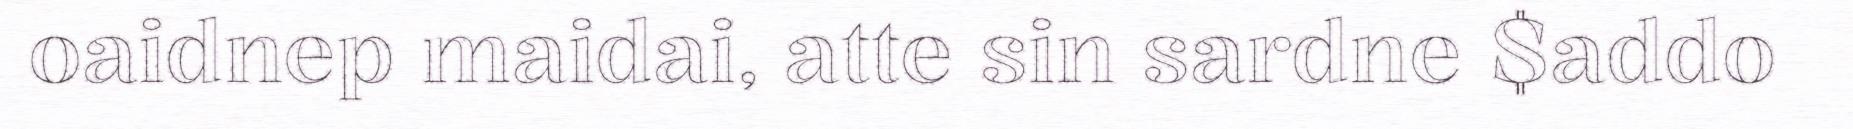
oaidnep maidai, atte sin sardne $addo